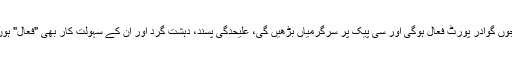
جوں جوں گوادر پورٹ فعال ہوگی اور سی پیک پر سرگرمیاں بڑھیں گی، علیحدگی پسند، دہشت گرد اور ان کے سہولت کار بھی "فعال" ہوں گے۔